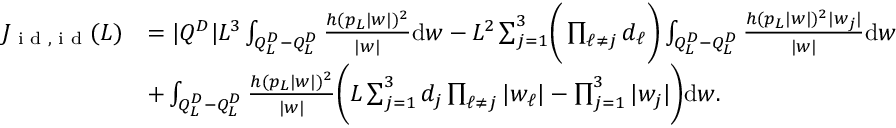
\begin{array} { r l } { J _ { \textnormal { i d } , \textnormal { i d } } ( L ) } & { = | Q ^ { D } | L ^ { 3 } \int _ { Q _ { L } ^ { D } - Q _ { L } ^ { D } } \frac { h ( p _ { L } | w | ) ^ { 2 } } { | w | } \mathrm { d } w - L ^ { 2 } \sum _ { j = 1 } ^ { 3 } \biggr ( \prod _ { \ell \neq j } d _ { \ell } \biggr ) \int _ { Q _ { L } ^ { D } - Q _ { L } ^ { D } } \frac { h ( p _ { L } | w | ) ^ { 2 } | w _ { j } | } { | w | } \mathrm { d } w } \\ & { + \int _ { Q _ { L } ^ { D } - Q _ { L } ^ { D } } \frac { h ( p _ { L } | w | ) ^ { 2 } } { | w | } \biggr ( L \sum _ { j = 1 } ^ { 3 } d _ { j } \prod _ { \ell \neq j } | w _ { \ell } | - \prod _ { j = 1 } ^ { 3 } | w _ { j } | \biggr ) \mathrm { d } w . } \end{array}